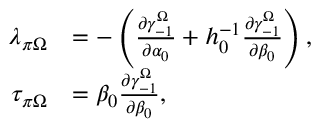
\begin{array} { r l } { \lambda _ { \pi \Omega } } & { = - \left( \frac { \partial \gamma _ { - 1 } ^ { \Omega } } { \partial \alpha _ { 0 } } + h _ { 0 } ^ { - 1 } \frac { \partial \gamma _ { - 1 } ^ { \Omega } } { \partial \beta _ { 0 } } \right) , } \\ { \tau _ { \pi \Omega } } & { = \beta _ { 0 } \frac { \partial \gamma _ { - 1 } ^ { \Omega } } { \partial \beta _ { 0 } } , } \end{array}